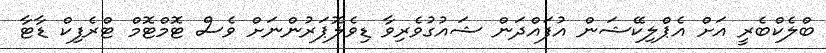
ބްލެކްބެރީ އަށް އެޕްލިކޭޝަން އުފައްދަން ޝައުގުވެރިވާ ޑިވެލޮޕަރުންނަށް ވެސް ޓޮމްޓޮމް ޓްރެފިކް ޑާޓާ